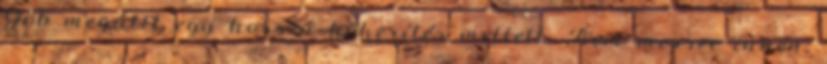
Göb megállt egy hosszú kőkerítés mellett. Nem messze innen,